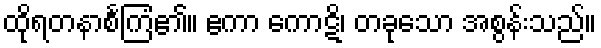
ထိုရတနာစင်္ကြံ၏။ ဧကာ ကောဋိ၊ တခုသော အစွန်းသည်။